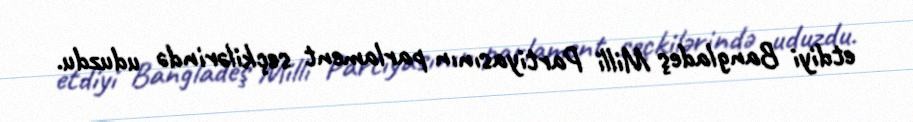
etdiyi Bangladeş Milli Partiyasının parlament seçkilərində uduzdu.